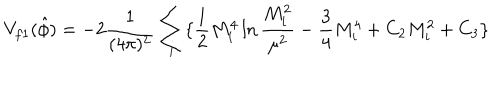
V _ { f 1 } ( \hat { \phi } ) = - 2 \frac { 1 } { ( 4 \pi ) ^ { 2 } } \sum _ { i } \{ \frac { 1 } { 2 } M _ { i } ^ { 4 } \ln \frac { M _ { i } ^ { 2 } } { \mu ^ { 2 } } - \frac { 3 } { 4 } M _ { i } ^ { 4 } + C _ { 2 } M _ { i } ^ { 2 } + C _ { 3 } \}